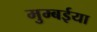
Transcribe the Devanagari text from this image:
मुम्बईया